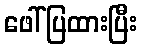
ဖေါ်ပြထားပြီး